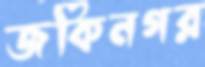
জকিনগর